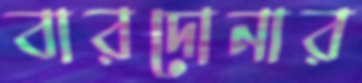
বারদোনার